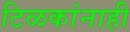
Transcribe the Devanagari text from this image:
टिळकांनाही